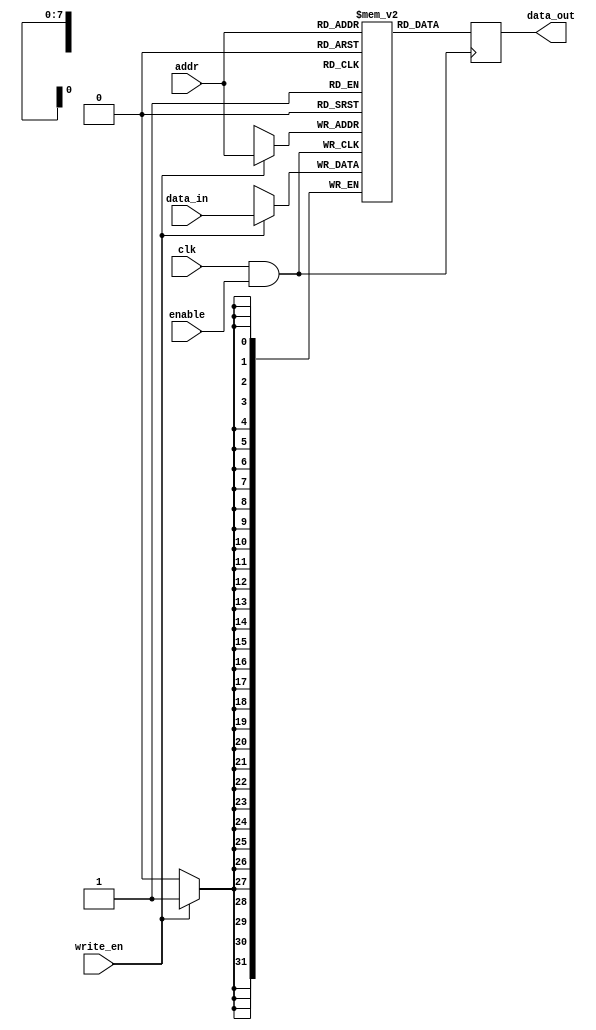
module memory_block (
    input wire clk,          // Main clock signal
    input wire enable,       // Enable signal for clock gating
    input wire [7:0] addr,   // Address for memory access
    input wire [31:0] data_in, // Data input for write operations
    input wire write_en,     // Write enable signal
    output reg [31:0] data_out // Data output for read operations
);

    // Memory array (for example, a simple SRAM)
    reg [31:0] mem [0:255]; // 256 x 32-bit memory

    // Clock gating logic
    wire gated_clk;
    assign gated_clk = clk & enable; // AND gate for clock gating

    // Memory operations
    always @(posedge gated_clk) begin
        if (write_en) begin
            mem[addr] <= data_in; // Write operation
        end
        data_out <= mem[addr]; // Read operation
    end

endmodule